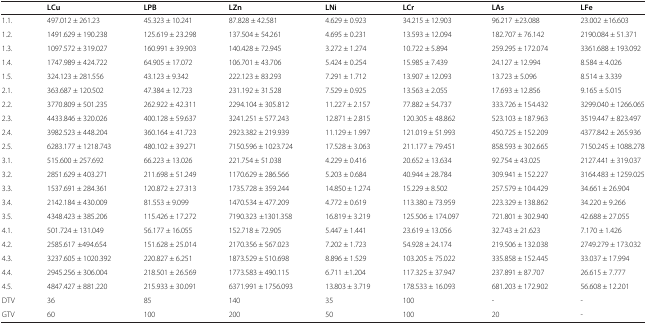
<table><thead><tr><td><b> </b></td><td><b>LCu</b></td><td><b>LPB</b></td><td><b>LZn</b></td><td><b>LNi</b></td><td><b>LCr</b></td><td><b>LAs</b></td><td><b>LFe</b></td></tr></thead><tbody><tr><td>1.1.</td><td>497.012 ± 261.23</td><td>45.323 ± 10.241</td><td>87.828 ± 42.581</td><td>4.629 ± 0.923</td><td>34.215 ± 12.903</td><td>96.217 ±23.088</td><td>23.002 ±16.603</td></tr><tr><td>1.2.</td><td>1491.629 ± 190.238</td><td>125.619 ± 23.298</td><td>137.504 ± 54.261</td><td>4.695 ± 0.231</td><td>13.593 ± 12.094</td><td>182.707 ± 76.142</td><td>2190.084 ± 51.371</td></tr><tr><td>1.3.</td><td>1097.572 ± 319.027</td><td>160.991 ± 39.903</td><td>140.428 ± 72.945</td><td>3.272 ± 1.274</td><td>10.722 ± 5.894</td><td>259.295 ± 172.074</td><td>3361.688 ± 193.092</td></tr><tr><td>1.4.</td><td>1747.989 ± 424.722</td><td>64.905 ± 17.072</td><td>106.701 ± 43.706</td><td>5.424 ± 0.254</td><td>15.985 ± 7.439</td><td>24.127 ± 12.994</td><td>8.584 ± 4.026</td></tr><tr><td>1.5.</td><td>324.123 ± 281.556</td><td>43.123 ± 9.342</td><td>222.123 ± 83.293</td><td>7.291 ± 1.712</td><td>13.907 ± 12.093</td><td>13.723 ± 5.096</td><td>8.514 ± 3.339</td></tr><tr><td>2.1.</td><td>363.687 ± 120.502</td><td>47.384 ± 12.723</td><td>231.192 ± 31.528</td><td>7.529 ± 0.925</td><td>13.563 ± 2.055</td><td>17.693 ± 12.856</td><td>9.165 ± 5.015</td></tr><tr><td>2.2.</td><td>3770.809 ± 501.235</td><td>262.922 ± 42.311</td><td>2294.104 ± 305.812</td><td>11.227 ± 2.157</td><td>77.882 ± 54.737</td><td>333.726 ± 154.432</td><td>3299.040 ± 1266.065</td></tr><tr><td>2.3.</td><td>4433.846 ± 320.026</td><td>400.128 ± 59.637</td><td>3241.251 ± 577.243</td><td>12.871 ± 2.815</td><td>120.305 ± 48.862</td><td>523.103 ± 187.963</td><td>3519.447 ± 823.497</td></tr><tr><td>2.4.</td><td>3982.523 ± 448.204</td><td>360.164 ± 41.723</td><td>2923.382 ± 219.939</td><td>11.129 ± 1.997</td><td>121.019 ± 51.993</td><td>450.725 ± 152.209</td><td>4377.842 ± 265.936</td></tr><tr><td>2.5.</td><td>6283.177 ± 1218.743</td><td>480.102 ± 39.271</td><td>7150.596 ± 1023.724</td><td>17.528 ± 3.063</td><td>211.177 ± 79.451</td><td>858.593 ± 302.665</td><td>7150.245 ± 1088.278</td></tr><tr><td>3.1.</td><td>515.600 ± 257.692</td><td>66.223 ± 13.026</td><td>221.754 ± 51.038</td><td>4.229 ± 0.416</td><td>20.652 ± 13.634</td><td>92.754 ± 43.025</td><td>2127.441 ± 319.037</td></tr><tr><td>3.2.</td><td>2851.629 ± 403.271</td><td>211.698 ± 51.249</td><td>1170.629 ± 286.566</td><td>5.203 ± 0.684</td><td>40.944 ± 28.784</td><td>309.941 ± 152.227</td><td>3164.483 ± 1259.025</td></tr><tr><td>3.3.</td><td>1537.691 ± 284.361</td><td>120.872 ± 27.313</td><td>1735.728 ± 359.244</td><td>14.850 ± 1.274</td><td>15.229 ± 8.502</td><td>257.579 ± 104.429</td><td>34.661 ± 26.904</td></tr><tr><td>3.4.</td><td>2142.184 ± 430.009</td><td>81.553 ± 9.099</td><td>1470.534 ± 477.209</td><td>4.772 ± 0.619</td><td>113.380 ± 73.959</td><td>223.329 ± 138.862</td><td>34.220 ± 9.266</td></tr><tr><td>3.5.</td><td>4348.423 ± 385.206</td><td>115.426 ± 17.272</td><td>7190.323 ±1301.358</td><td>16.819 ± 3.219</td><td>125.506 ± 174.097</td><td>721.801 ± 302.940</td><td>42.688 ± 27.055</td></tr><tr><td>4.1.</td><td>501.724 ± 131.049</td><td>56.177 ± 16.055</td><td>152.718 ± 72.905</td><td>5.447 ± 1.441</td><td>23.619 ± 13.056</td><td>32.743 ± 21.623</td><td>7.170 ± 1.426</td></tr><tr><td>4.2.</td><td>2585.617 ±494.654</td><td>151.628 ± 25.014</td><td>2170.356 ± 567.023</td><td>7.202 ± 1.723</td><td>54.928 ± 24.174</td><td>219.506 ± 132.038</td><td>2749.279 ± 173.032</td></tr><tr><td>4.3.</td><td>3237.605 ± 1020.392</td><td>220.827 ± 6.251</td><td>1873.529 ± 510.698</td><td>8.896 ± 1.529</td><td>103.205 ± 75.022</td><td>335.858 ± 152.445</td><td>33.037 ± 17.994</td></tr><tr><td>4.4.</td><td>2945.256 ± 306.004</td><td>218.501 ± 26.569</td><td>1773.583 ± 490.115</td><td>6.711 ±1.204</td><td>117.325 ± 37.947</td><td>237.891 ± 87.707</td><td>26.615 ± 7.777</td></tr><tr><td>4.5.</td><td>4847.427 ± 881.220</td><td>215.933 ± 30.091</td><td>6371.991 ± 1756.093</td><td>13.803 ± 3.719</td><td>178.533 ± 16.093</td><td>681.203 ± 172.902</td><td>56.608 ± 12.201</td></tr><tr><td>DTV</td><td>36</td><td>85</td><td>140</td><td>35</td><td>100</td><td>-</td><td>-</td></tr><tr><td>GTV</td><td>60</td><td>100</td><td>200</td><td>50</td><td>100</td><td>20</td><td>-</td></tr></tbody></table>